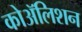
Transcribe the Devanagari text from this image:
कोॲलिशन